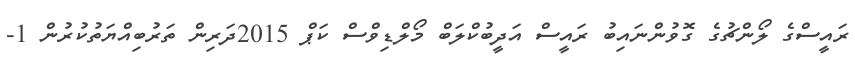
ރައީސްގެ ލޯންޗުގެ ގޮވުންނައިބު ރައީސް އަދީބުކްލަބް މޯލްޑިވްސް ކަޕް 2015ދަރިން ތަރުބިއްޔަތުކުރުން 1-